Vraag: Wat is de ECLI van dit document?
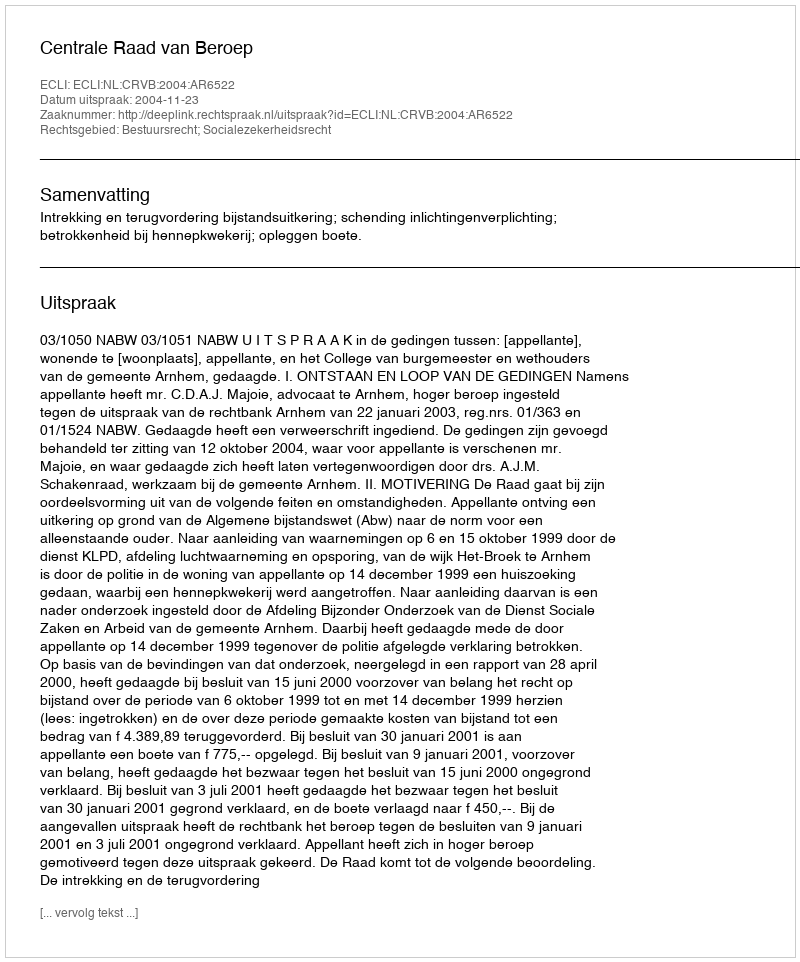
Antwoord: ECLI:NL:CRVB:2004:AR6522